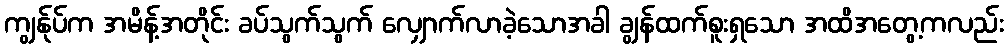
ကျွန်ုပ်က အမိန့်အတိုင်း ခပ်သွက်သွက် လျှောက်လာခဲ့သောအခါ ချွန်ထက်စူးရှသော အထိအတွေ့ကလည်း